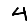
Digit: 4